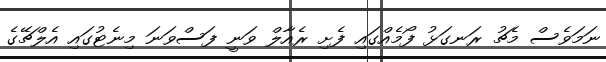
ނަމަވެސް މެޗު ރަނގަޅު ފޯމެއްގައި ފެށި ރެއާލް ވަނީ ފަސްވަނަ މިނެޓުގައި އެލްޗޭގެ